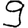
Digit: 9